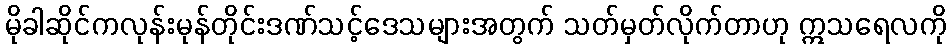
မိုခါဆိုင်ကလုန်းမုန်တိုင်းဒဏ်သင့်ဒေသများအတွက် သတ်မှတ်လိုက်တာဟု ဣသရေလကို